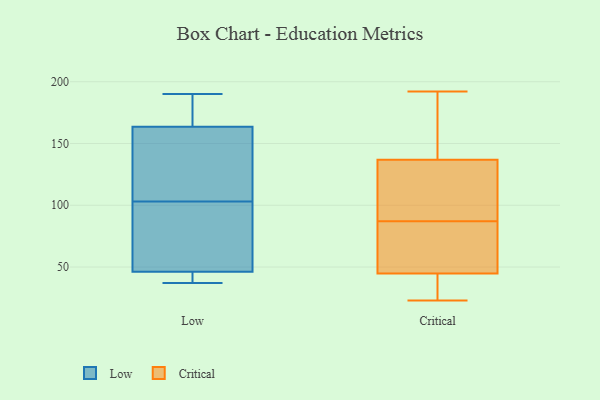
{"axis": {"x": "Tickets Resolved", "y": "Value"}, "legend": ["Critical", "Low"], "data": [{"x": "", "y": 159, "type": "Low"}, {"x": "", "y": 98, "type": "Low"}, {"x": "", "y": 48, "type": "Low"}, {"x": "", "y": 103, "type": "Low"}, {"x": "", "y": 41, "type": "Low"}, {"x": "", "y": 190, "type": "Low"}, {"x": "", "y": 88, "type": "Low"}, {"x": "", "y": 177, "type": "Low"}, {"x": "", "y": 107, "type": "Low"}, {"x": "", "y": 183, "type": "Low"}, {"x": "", "y": 40, "type": "Low"}, {"x": "", "y": 37, "type": "Low"}, {"x": "", "y": 150, "type": "Low"}, {"x": "", "y": 139, "type": "Critical"}, {"x": "", "y": 82, "type": "Critical"}, {"x": "", "y": 23, "type": "Critical"}, {"x": "", "y": 26, "type": "Critical"}, {"x": "", "y": 46, "type": "Critical"}, {"x": "", "y": 30, "type": "Critical"}, {"x": "", "y": 192, "type": "Critical"}, {"x": "", "y": 134, "type": "Critical"}, {"x": "", "y": 98, "type": "Critical"}, {"x": "", "y": 136, "type": "Critical"}, {"x": "", "y": 158, "type": "Critical"}, {"x": "", "y": 41, "type": "Critical"}, {"x": "", "y": 83, "type": "Critical"}, {"x": "", "y": 72, "type": "Critical"}, {"x": "", "y": 121, "type": "Critical"}, {"x": "", "y": 187, "type": "Critical"}, {"x": "", "y": 87, "type": "Critical"}]}